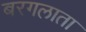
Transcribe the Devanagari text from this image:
बरगलाता